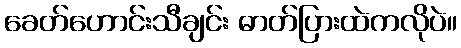
ခေတ်ဟောင်းသီချင်း ဓာတ်ပြားထဲကလိုပဲ။